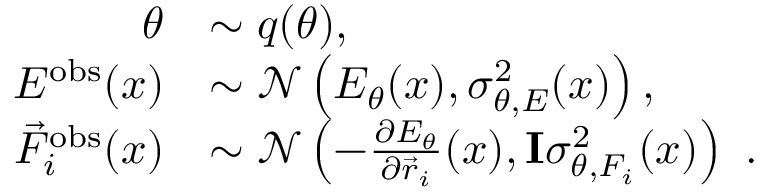
\begin{array} { r l } { \theta } & { \sim q ( \theta ) , } \\ { E ^ { \mathrm { o b s } } ( x ) } & { \sim \mathcal { N } \left( E _ { \theta } ( x ) , \sigma _ { \theta , E } ^ { 2 } ( x ) \right) , } \\ { \vec { F } _ { i } ^ { \mathrm { o b s } } ( x ) } & { \sim \mathcal { N } \left( - \frac { \partial E _ { \theta } } { \partial \vec { r } _ { i } } ( x ) , \mathbf { I } \sigma _ { \theta , F _ { i } } ^ { 2 } ( x ) \right) \ . } \end{array}